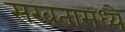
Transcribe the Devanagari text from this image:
सरबतामध्ये